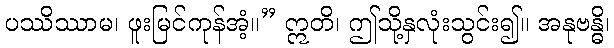
ပဿိဿာမ၊ ဖူးမြင်ကုန်အံ့။” ဣတိ၊ ဤသို့နှလုံးသွင်း၍။ အနုဗန္ဓိ၊